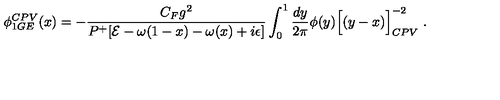
\phi _ { 1 G E } ^ { C P V } ( x ) = - { \frac { C _ { F } g ^ { 2 } } { P ^ { + } [ { \cal E } - \omega ( 1 - x ) - \omega ( x ) + i \epsilon ] } } \int _ { 0 } ^ { 1 } { \frac { d y } { 2 \pi } } \phi ( y ) { \Big [ ( y - x ) \Big ] } _ { C P V } ^ { - 2 } \ .